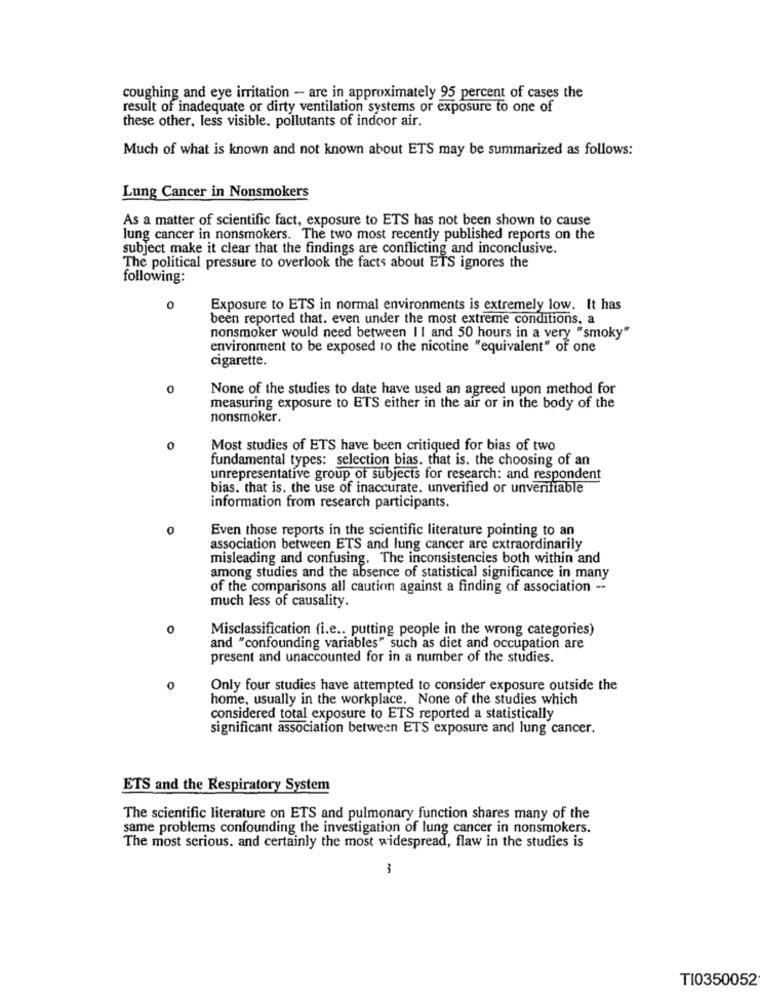
coughing and eye irritation - are in approximately 95 percent of cases the
result of inadequate or dirty ventilation systems or exposure to one of
these other, less visible, pollutants of indoor air.
Much of what is known and not known about ETS may be summarized as follows:
Lung Cancer in Nonsmokers
As a matter of scientific fact, exposure to ETS has not been shown to cause
lung cancer in nonsmokers. The two most recently published reports on the
subject make it clear that the findings are conflicting and inconclusive.
The political pressure to overlook the facts about ETS ignores the
following:
0
Exposure to ETS in normal environments is extremely low. It has
been reported that. even under the most extreme conditions, a
nonsmoker would need between 1 1 and 50 hours in a very "smoky"
environment to be exposed to the nicotine "equivalent" of one
cigarette.
0
None of the studies to date have used an agreed upon method for
measuring exposure to ETS either in the air or in the body of the
nonsmoker.
0
Most studies of ETS have been critiqued for bias of two
fundamental types: selection bias. that is. the choosing of an
unrepresentative group of subjects for research: and respondent
bias. that is. the use of inaccurate. unverified or unverifiable
information from research participants.
0
Even those reports in the scientific literature pointing to an
association between ETS and lung cancer are extraordinarily
misleading and confusing. The inconsistencies both within and
among studies and the absence of statistical significance in many
of the comparisons all caution against a finding of association --
much less of causality.
0
Misclassification (i.e .. putting people in the wrong categories)
and "confounding variables" such as diet and occupation are
present and unaccounted for in a number of the studies.
Only four studies have attempted to consider exposure outside the
home, usually in the workplace. None of the studies which
considered total exposure to ETS reported a statistically
significant association between ETS exposure and lung cancer.
ETS and the Respiratory System
The scientific literature on ETS and pulmonary function shares many of the
same problems confounding the investigation of lung cancer in nonsmokers.
The most serious. and certainly the most widespread, flaw in the studies is
3
TI0350052